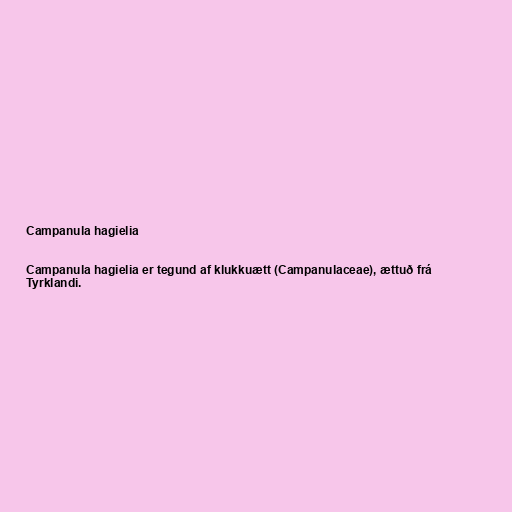
Campanula hagielia

Campanula hagielia er tegund af klukkuætt (Campanulaceae), ættuð frá
Tyrklandi.